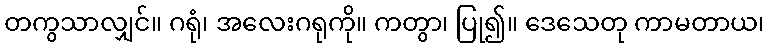
တကွသာလျှင်။ ဂရုံ၊ အလေးဂရုကို။ ကတွာ၊ ပြု၍။ ဒေသေတု ကာမတာယ၊